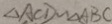
\Delta A C D \sim \Delta A B C